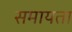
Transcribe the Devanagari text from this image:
समायता